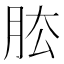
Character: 𦚁